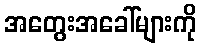
အတွေးအခေါ်များကို